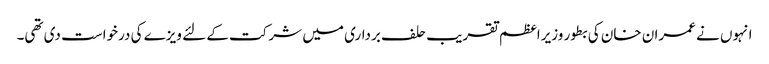
انہوں نے عمران خان کی بطور وزیراعظم تقریب حلف برداری میں شرکت کے لئے ویزے کی درخواست دی تھی۔